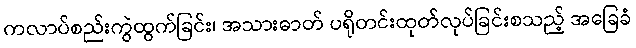
ကလာပ်စည်းကွဲထွက်ခြင်း၊ အသားဓာတ် ပရိုတင်းထုတ်လုပ်ခြင်းစသည့် အခြေခံ